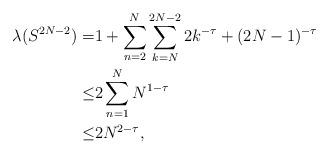
LaTeX: \begin{align*}\lambda(S^{2N-2})=&1+\sum_{n=2}^N\sum_{k=N}^{2N-2}2k^{-\tau}+(2N-1)^{-\tau}\\\le&2\sum_{n=1}^NN^{1-\tau}\\\le&2N^{2-\tau},\end{align*}